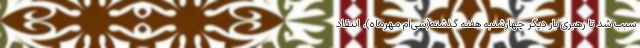
سبب شد تا رهبری بار دیگر چهارشنبه هفته گذشته(سی‌ام مهرماه)، انتقاد